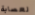
لعصابة